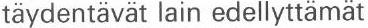
täydentävät lain edellyttämät